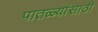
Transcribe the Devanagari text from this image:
पातळ्यांसाठी